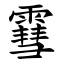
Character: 䨮